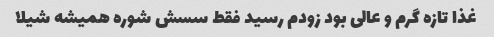
غذا تازه گرم و عالى بود زودم رسید فقط سسش شوره همیشه شیلا